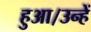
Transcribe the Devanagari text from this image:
हुआ।उन्हें